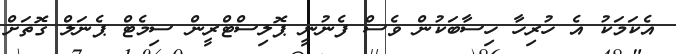
އެކަމަކު އެ ހުރިހާ ހިސާބަކުން ވެސް ފެނުނީ ޕޮލިސްޓްރީން ސިމެޓް ޕެނަލް ގޮތަށް